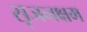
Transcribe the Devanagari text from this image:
सृजनक्षम